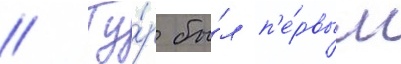
// Ту́р бы́л п'е́рвым